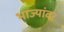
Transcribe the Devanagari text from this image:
भाज्यांवर